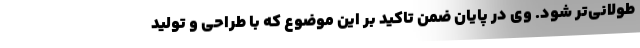
طولانی‌تر شود. وی در پایان ضمن تاکید بر این موضوع که با طراحی و تولید